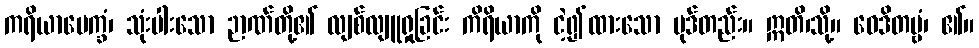
ကရိယာပေက္ခံ၊ သုံးပါးသော ဉာဏ်တို့၏ လျစ်လျူရှုခြင်း ကိရိယာကို ငဲ့၍ထားသော ပုဒ်တည်း။ ဣတိ၊သို့။ ဝေဒိတဗ္ဗံ၊ ၏။